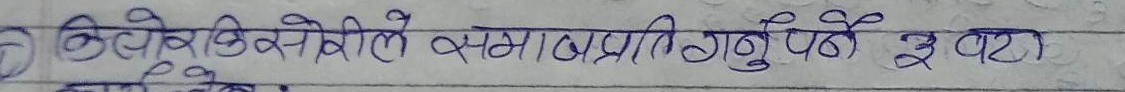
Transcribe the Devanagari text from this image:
क्रियोविक्षिप्तले समाजप्रति गर्नुपर्ने २ वटा काम लेख्ने ।